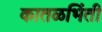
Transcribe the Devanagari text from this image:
कातळभिंती